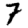
Digit: 7